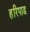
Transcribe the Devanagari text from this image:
हरिपाड